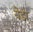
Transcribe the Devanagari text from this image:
येड़ा